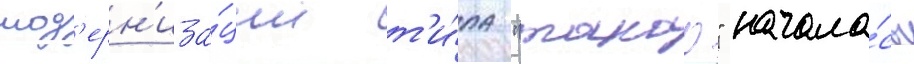
мод'ерн'иза́ции т'и́па "такао" начала́сь